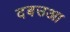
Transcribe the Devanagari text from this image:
दबउआ